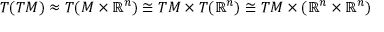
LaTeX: T ( T M ) \approx T ( M \times \mathbb { R } ^ { n } ) \cong T M \times T ( \mathbb { R } ^ { n } ) \cong T M \times ( \mathbb { R } ^ { n } \times \mathbb { R } ^ { n } )